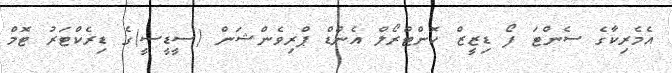
އެމެރިކާގެ ސެންޓަ ފޯ ޑިޒީޒް ކޮންޓްރޯލް އެންޑް ޕްރިވެންޝަން (ސީޑީސީ)ގެ ޑިރެކްޓަރު ޓޮމް